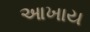
આખાય